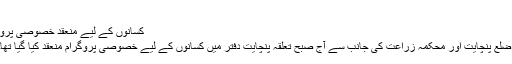
اطلاع کے مطابق پرائیویٹ بس ...
کسانوں کے لیے منعقد خصوصی پروگرام کا رکن اسمبلی سنیل نائک نے کیا افتتاح
بھٹکل: 11 جون، 19 (بھٹکلیس نیوز بیورو) ضلع پنچایت اور محکمہ زراعت کی جانب سے آج صبح تعلقہ پنچایت دفتر میں کسانوں کے لیے خصوصی پروگرام منعقد کیا گیا تھاجس کا افتتاح رکن اسمبلی سنیل نائک نے کیا۔